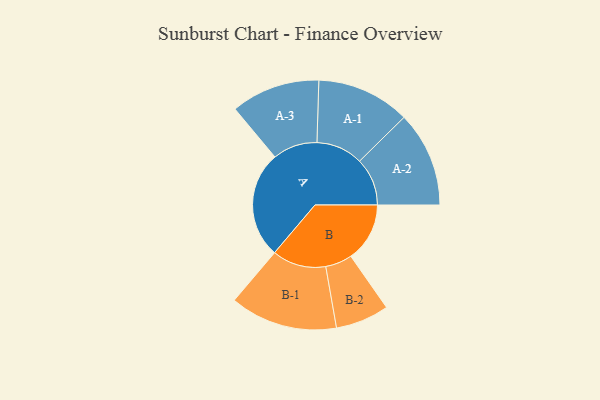
{"axis": {"x": "Segment", "y": "Value"}, "legend": ["", "A", "B"], "data": [{"x": "A", "y": 439, "type": ""}, {"x": "B", "y": 242, "type": ""}, {"x": "A-1", "y": 192, "type": "A"}, {"x": "A-2", "y": 196, "type": "A"}, {"x": "A-3", "y": 183, "type": "A"}, {"x": "B-1", "y": 221, "type": "B"}, {"x": "B-2", "y": 110, "type": "B"}]}